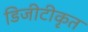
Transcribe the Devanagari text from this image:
डिजीटीकृत